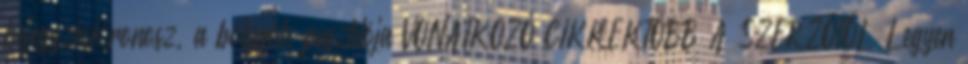
bejegyzésKronosz, a bolygók pusztítója VONATKOZÓ CIKKEKTÖBB A SZERZŐTŐL Legyen